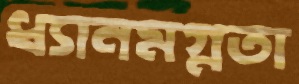
ধ্যানমগ্নতা